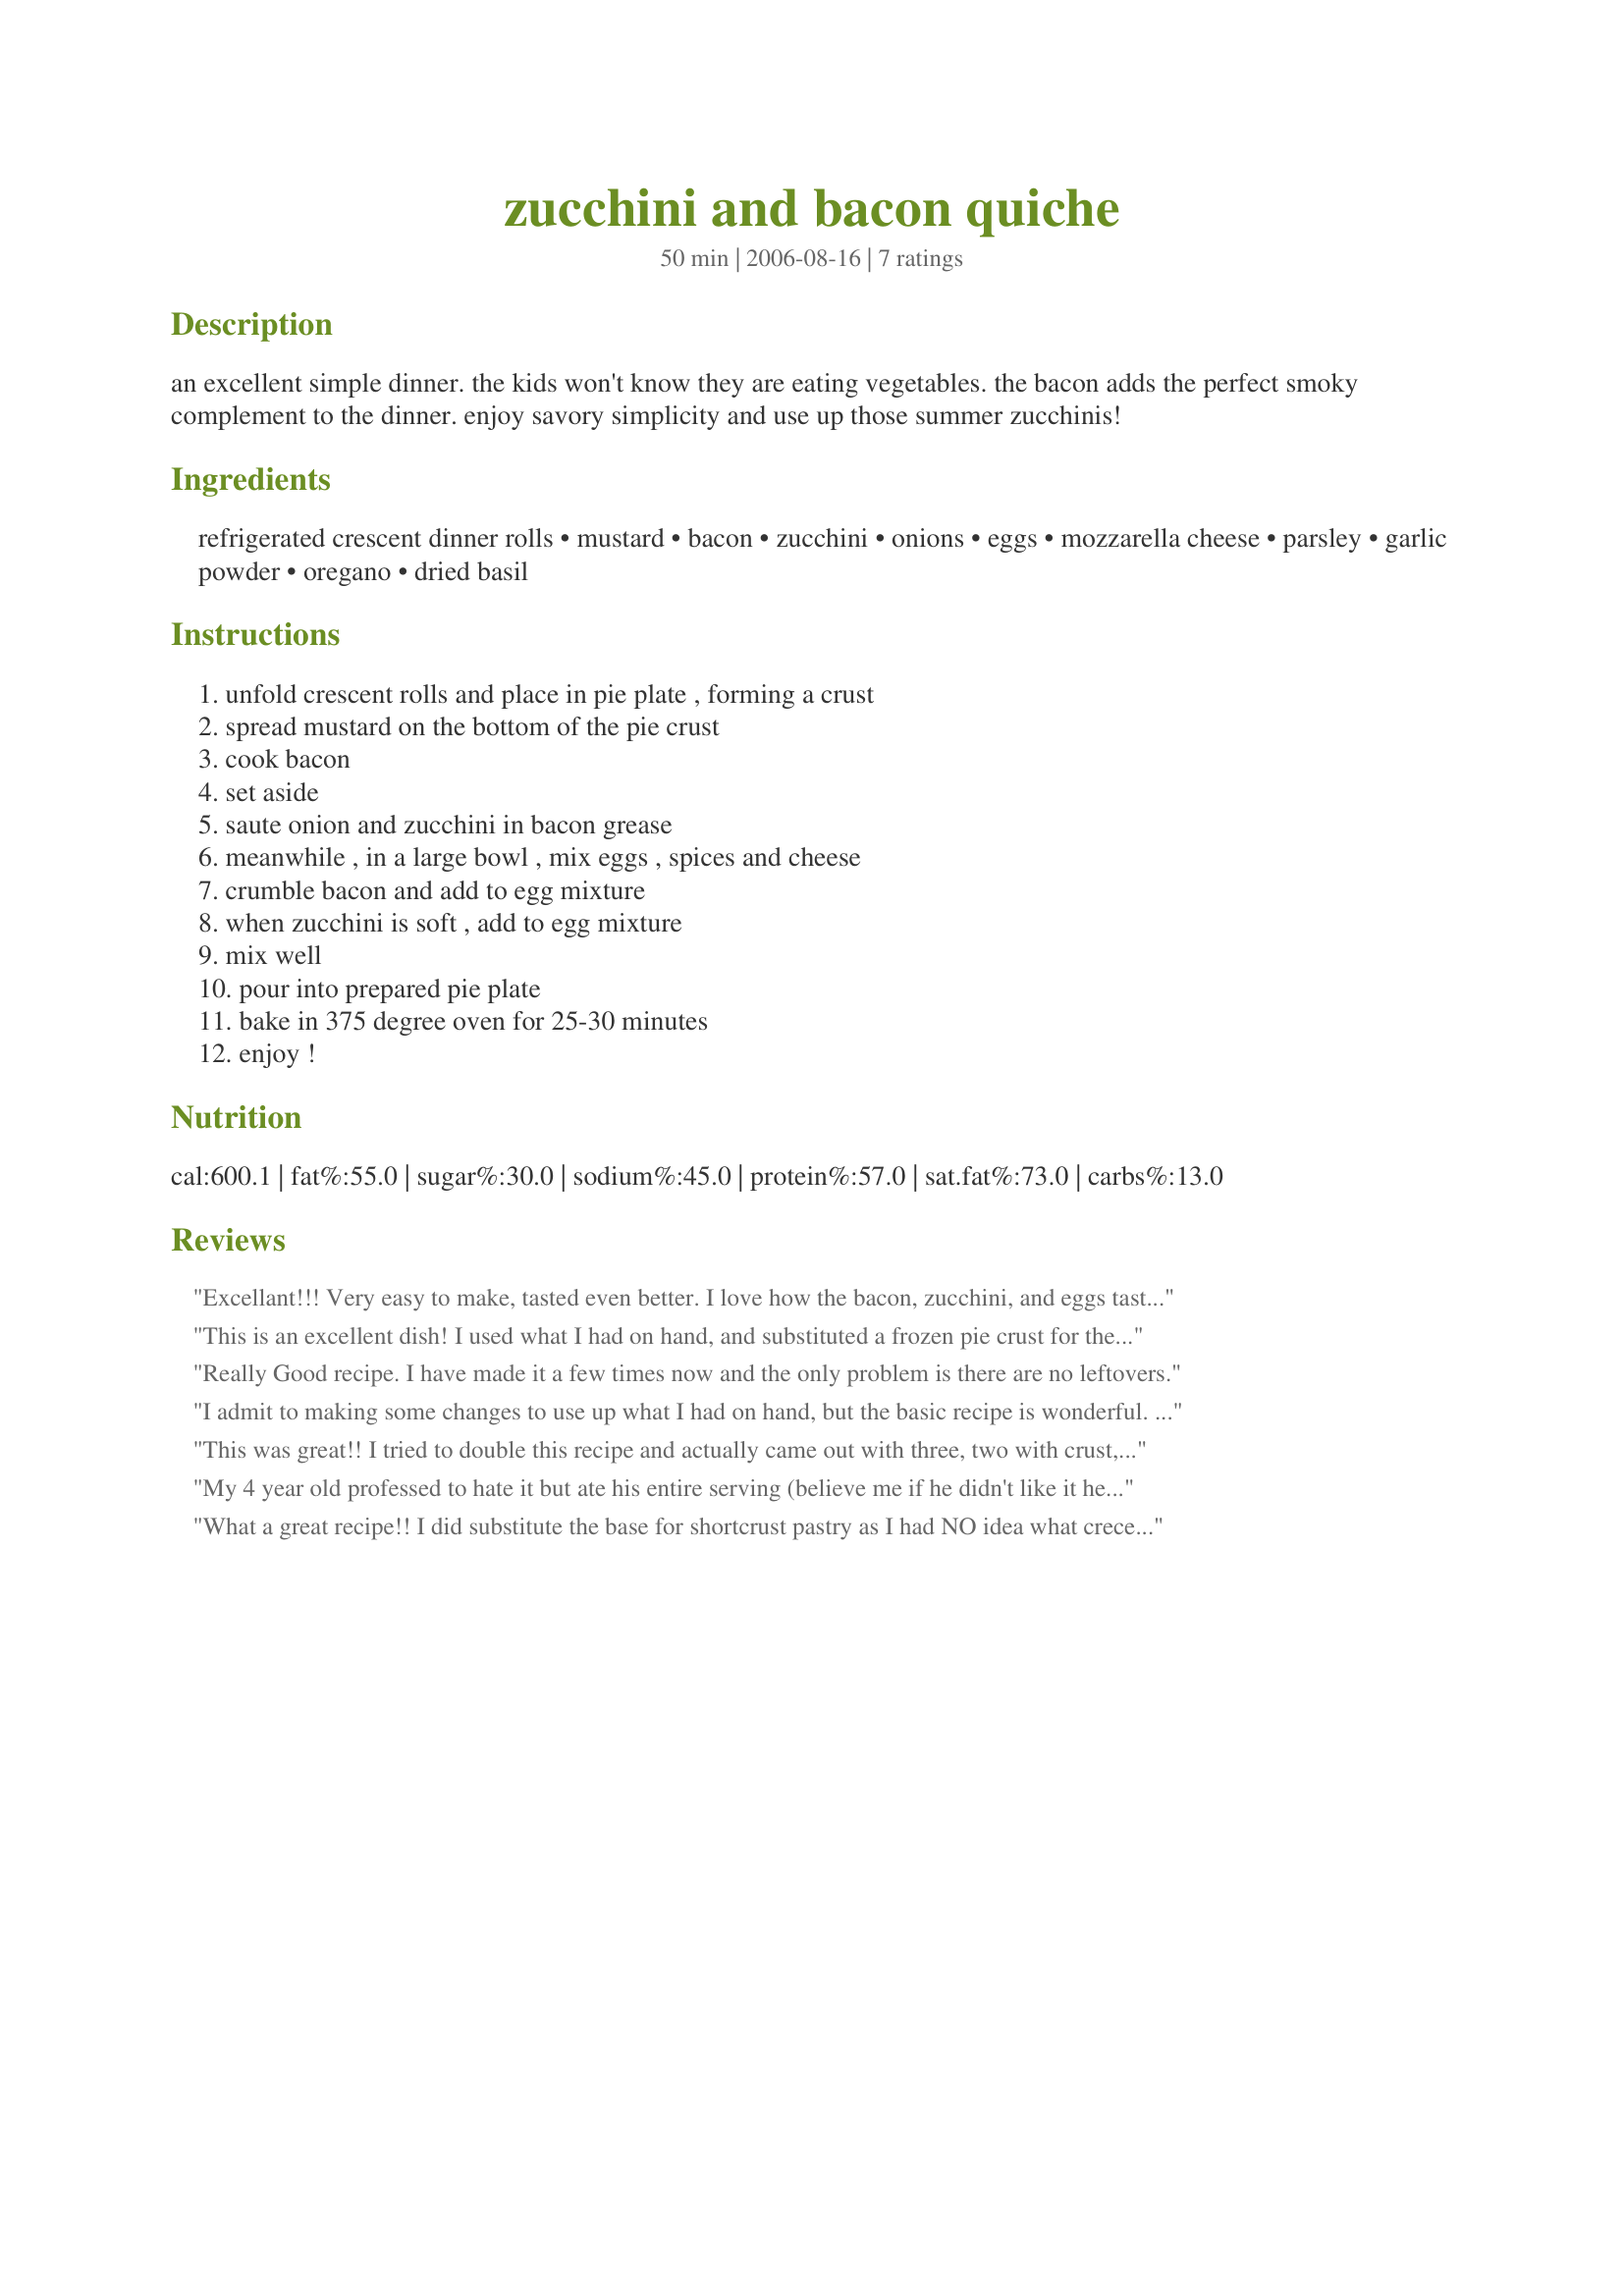
zucchini and bacon quiche
Preparation time: 50 minutes

an excellent simple dinner. the kids won't know they are eating
vegetables. the bacon adds the perfect smoky complement to the dinner.
enjoy savory simplicity and use up those summer zucchinis!

Ingredients:
refrigerated crescent dinner rolls, mustard, bacon, zucchini, onions, eggs, mozzarella cheese, parsley, garlic powder, oregano, dried basil

Steps:
unfold crescent rolls and place in pie plate , forming a crust, spread mustard on the bottom of the pie crust, cook bacon, set aside, saute onion and zucchini in bacon grease, meanwhile , in a large bowl , mix eggs , spices and cheese, crumble bacon and add to egg mixture, when zucchini is soft , add to egg mixture, mix well, pour into prepared pie plate, bake in 375 degree oven for 25-30 minutes, enjoy !

Reviews:
Excellant!!! Very easy to make, tasted even better. I love how the bacon, zucchini, and eggs tasted together. This is one great recipe :)
This is an excellent dish! I used what I had on hand, and substituted a frozen pie crust for the refrigerated rolls. I will definitely make it again.
Really Good recipe. I have made it a few times now and the only problem is there are no leftovers.
I admit to making some changes to use up what I had on hand, but the basic recipe is wonderful. Very filling and satisfying on a chilly night after a full day of work and errand running. Went together beautifully. It's the first time I've used zucchini in a quiche, but wont' be the last! I added a few mushrooms and a sprinkle of green pepper along with a BIG dose of minced garlic and black pepper. I, too, used pie crust 'cause that's what I had. Next time I'll try the crescent rolls. Thanks for a wonderful recipe!
This was great!! I tried to double this recipe and actually came out with three, two with crust, one without. I had two medium zucchini to get rid of so I put those in the food processor and then sauteed with some green onions and garlic. Since I'm lazy I used Italian Seasoning and pepper instead of each spice on its own as well as using bacon bits instead of frying the bacon. We topped with a little parm and devoured these. Thanks so much!!
My 4 year old professed to hate it but ate his entire serving (believe me if he didn't like it he would NOT have eaten it!) My 9 year old ate all his, too! What a great way to get zucs into the kiddos. This is going into my routine. Thank so much for such a tasty and easy dinner. (I used "Healthy Pie Crust #820" for the crust. I used whole wheat pastry flour and pressed it with my fingertips into the pan.) Very, very yummy!
What a great recipe!! I did substitute the base for shortcrust pastry as I had NO idea what crecent rolls were, and neither did our grocer LOL... but it was brilliant chilled and served with salad for a very hot summers night, the kids ate every crumb!!
